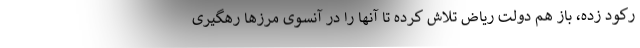
رکود زده، باز هم دولت ریاض تلاش کرده تا آنها را در آنسوی مرزها رهگیری